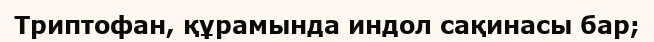
Триптофан, құрамында индол сақинасы бар;